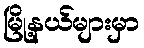
မြို့နယ်များမှာ